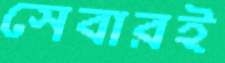
সেবারই